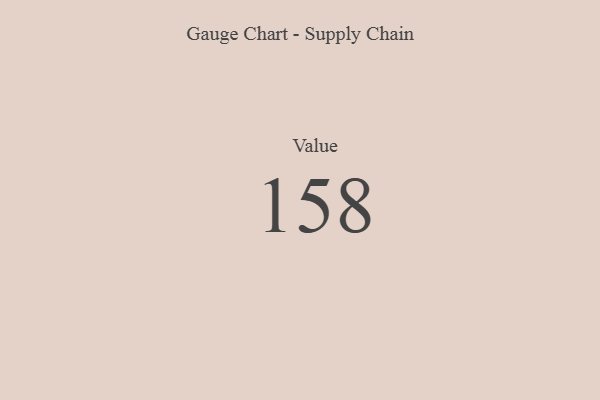
{"axis": {"x": "Metric", "y": "Value"}, "legend": [""], "data": [{"x": "Value", "y": 158, "type": ""}]}